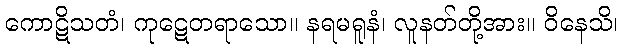
ကောဋိသတံ၊ ကုဋေတရာသော။ နရမရူနံ၊ လူနတ်တို့အား။ ဝိနေသိ၊